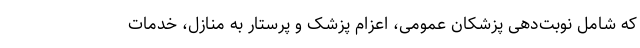
که شامل نوبت‌دهی پزشکان عمومی، اعزام پزشک و پرستار به منازل، خدمات